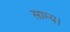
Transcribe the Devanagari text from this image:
साम्य।